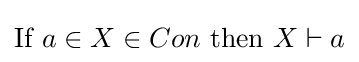
{\mbox{If }}a\in X\in Con{\mbox{ then }}X\vdash a